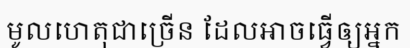
មូលហេតុជាច្រើន ដែលអាចធ្វើឲ្យអ្នក